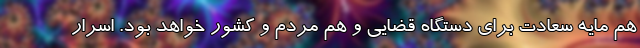
هم مایه سعادت برای دستگاه قضایی و هم مردم و کشور خواهد بود. اسرار